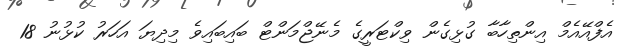
އެފްއޭއެމް އިންތިހާބާ ގުޅިގެން ވިކްޓަރީގެ މެނޭޖްމަންޓް ބައިބައިވެ މިދިޔަ އަހަރު ކުޅުނު 18